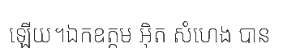
ឡើយ។ឯកឧត្តម អ៊ិត សំហេង បាន